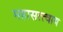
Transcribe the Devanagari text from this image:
महासत्त्वाय